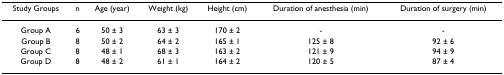
<table><thead><tr><td><b>Study Groups</b></td><td><b>n</b></td><td><b>Age (year)</b></td><td><b>Weight (kg)</b></td><td><b>Height (cm)</b></td><td><b>Duration of anesthesia (min)</b></td><td><b>Duration of surgery (min)</b></td></tr></thead><tbody><tr><td>Group A</td><td>6</td><td>50 ± 3</td><td>63 ± 3</td><td>170 ± 2</td><td>-</td><td>-</td></tr><tr><td>Group B</td><td>8</td><td>50 ± 2</td><td>64 ± 2</td><td>165 ± 1</td><td>125 ± 8</td><td>92 ± 6</td></tr><tr><td>Group C</td><td>8</td><td>48 ± 1</td><td>68 ± 3</td><td>163 ± 2</td><td>121 ± 9</td><td>94 ± 9</td></tr><tr><td>Group D</td><td>8</td><td>48 ± 2</td><td>61 ± 1</td><td>164 ± 2</td><td>120 ± 5</td><td>87 ± 4</td></tr></tbody></table>